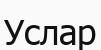
Услар